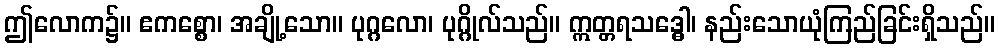
ဤလောက၌။ ဧကစ္စော၊ အချို့သော။ ပုဂ္ဂလော၊ ပုဂ္ဂိုလ်သည်။ ဣတ္တရသဒ္ဓေါ၊ နည်းသောယုံကြည်ခြင်းရှိသည်။